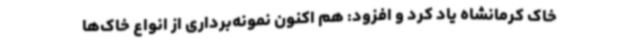
خاک کرمانشاه یاد کرد و افزود: هم اکنون نمونه‌برداری از انواع خاک‌ها